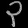
Digit: ၃